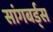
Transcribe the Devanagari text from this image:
सांगबर्ड्स